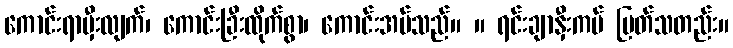
ကောင်းရာမှီးလျက်၊ ကောင်းခြီးထိုက်စွာ၊ ကောင်းအပ်သည်။ ။ ရင်းချာနှီးကပ် မြတ်သတည်း။